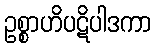
ဥစ္စာဟိပဋိပါဒကာ